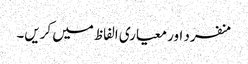
منفرد اور معیاری الفاظ میں کریں۔